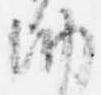
納